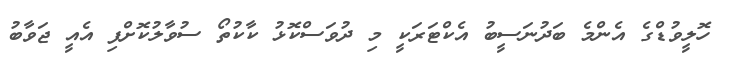
ހޮލީވުޑްގެ އެންމެ ބަދުނަސީބު އެކްޓަރަކީ މި ދުވަސްކޮޅު ކާކުތޯ ސުވާލުކޮށްފި އެއީ ޖަވާބު